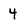
Character: 4